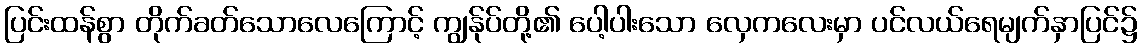
ပြင်းထန်စွာ တိုက်ခတ်သောလေကြောင့် ကျွန်ုပ်တို့၏ ပေါ့ပါးသော လှေကလေးမှာ ပင်လယ်ရေမျက်နှာပြင်၌